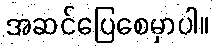
အဆင်ပြေစေမှာပါ။